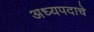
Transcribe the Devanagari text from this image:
अध्यपदाचे